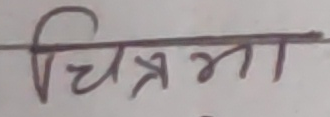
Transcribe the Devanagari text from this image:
चित्रमा